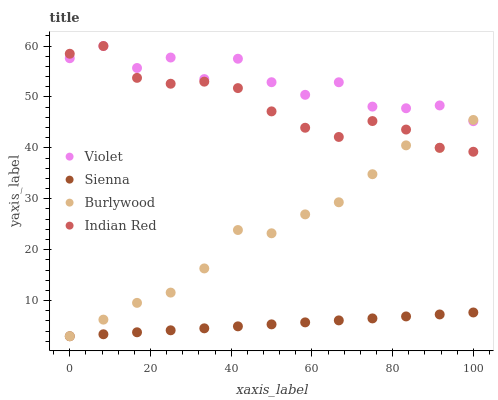
| xaxis_label | Violet | Sienna | Burlywood | Indian Red |
 | --- | --- | --- | --- | --- |
 | 0 | 57.6 | 3 | 3 | 58.5 |
 | 8.33 | 60 | 3.39 | 6.27 | 60 |
 | 16.7 | 55.7 | 3.78 | 9.56 | 53.7 |
 | 25 | 57.7 | 4.17 | 11.6 | 52.6 |
 | 33.3 | 53.5 | 4.56 | 16.3 | 53 |
 | 41.7 | 57.5 | 4.95 | 23.9 | 51.7 |
 | 50 | 52.9 | 5.34 | 23.2 | 47.2 |
 | 58.3 | 50.4 | 5.73 | 26.9 | 43.9 |
 | 66.7 | 52.9 | 6.11 | 29.3 | 42.1 |
 | 75 | 48.1 | 6.5 | 34.8 | 45.3 |
 | 83.3 | 47.8 | 6.89 | 40.5 | 43.6 |
 | 91.7 | 48.3 | 7.28 | 40 | 40 |
 | 100 | 45.2 | 7.67 | 45.5 | 39.2 |